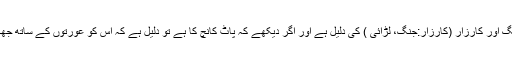
یہ سب جنگ اور کارزار (کارزار:جنگ، لڑائی ) کی دلیل ہے اور اگر دیکھے کہ پاٹ کانچ کا ہے تو دلیل ہے کہ اس کو عورتوں کے ساتھ جھگڑا ہو گا ۔